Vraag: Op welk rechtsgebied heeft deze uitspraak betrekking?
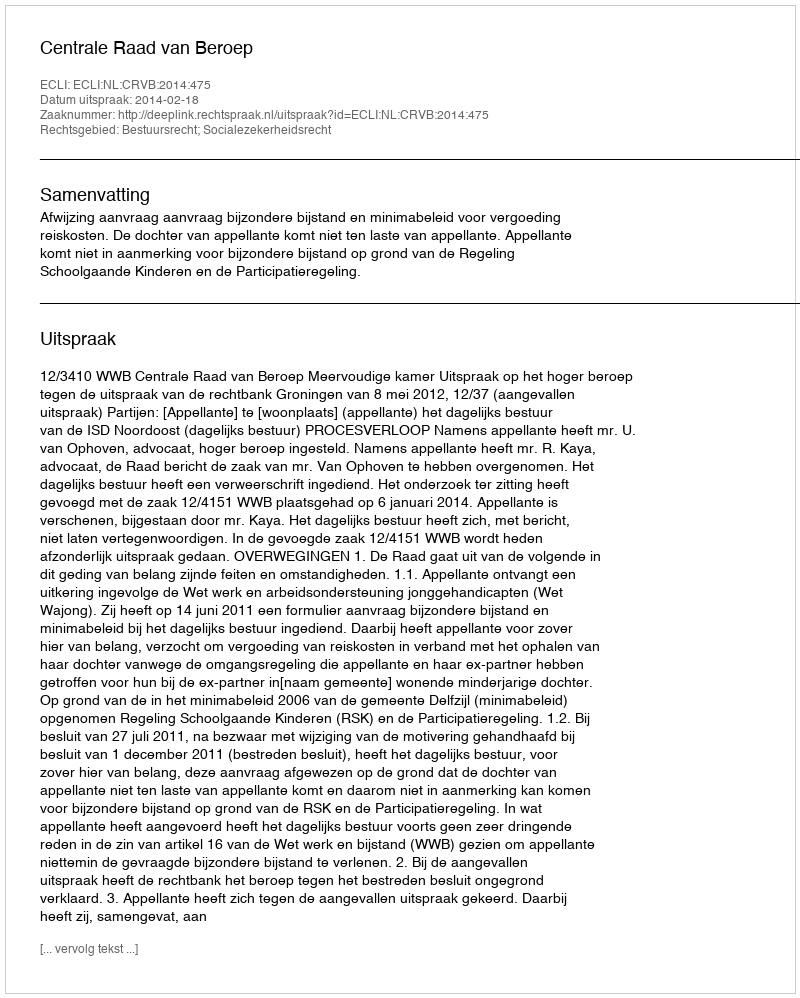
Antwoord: Bestuursrecht; Socialezekerheidsrecht